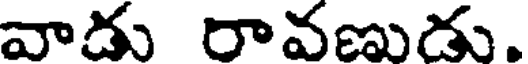
వాడు రావణుడు.